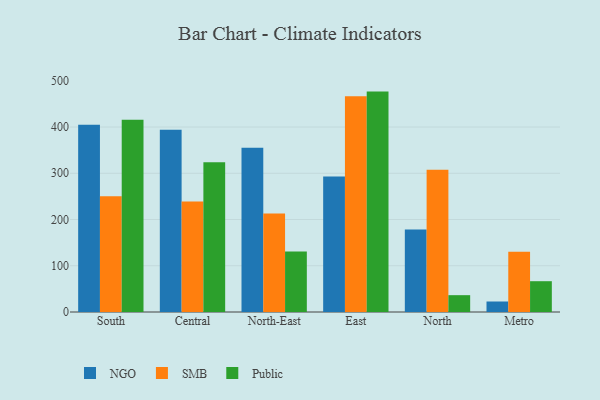
{"axis": {"x": "Region", "y": "Page Views"}, "legend": ["NGO", "Public", "SMB"], "data": [{"x": "South", "y": 405.1, "type": "NGO"}, {"x": "South", "y": 250.2, "type": "SMB"}, {"x": "South", "y": 415.5, "type": "Public"}, {"x": "Central", "y": 394.3, "type": "NGO"}, {"x": "Central", "y": 239.0, "type": "SMB"}, {"x": "Central", "y": 323.7, "type": "Public"}, {"x": "North-East", "y": 355.2, "type": "NGO"}, {"x": "North-East", "y": 213.2, "type": "SMB"}, {"x": "North-East", "y": 130.8, "type": "Public"}, {"x": "East", "y": 293.0, "type": "NGO"}, {"x": "East", "y": 466.7, "type": "SMB"}, {"x": "East", "y": 476.6, "type": "Public"}, {"x": "North", "y": 178.2, "type": "NGO"}, {"x": "North", "y": 307.7, "type": "SMB"}, {"x": "North", "y": 36.4, "type": "Public"}, {"x": "Metro", "y": 22.7, "type": "NGO"}, {"x": "Metro", "y": 130.4, "type": "SMB"}, {"x": "Metro", "y": 66.6, "type": "Public"}]}